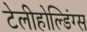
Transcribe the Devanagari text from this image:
टेलीहोल्डिंग्स